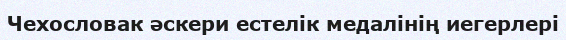
Чехословак әскери естелік медалінің иегерлері